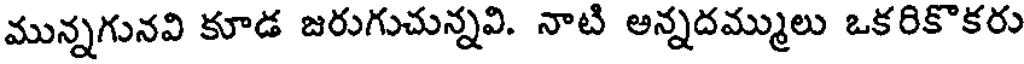
మున్నగునవి కూడ జరుగుచున్నవి. నాటి అన్నదమ్ములు ఒకరికొకరు